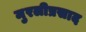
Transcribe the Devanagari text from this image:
मुरलीप्रसाद